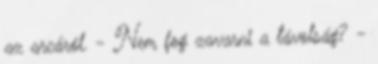
az arcáról. - Nem fog zavarni a távolság? -